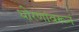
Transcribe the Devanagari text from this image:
धोरणांवरून